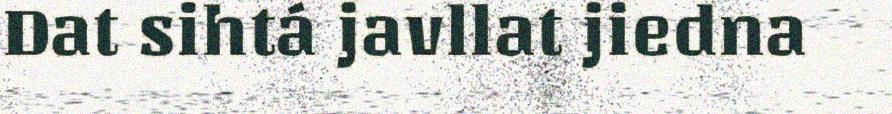
Dat sihtá javllat jiedna